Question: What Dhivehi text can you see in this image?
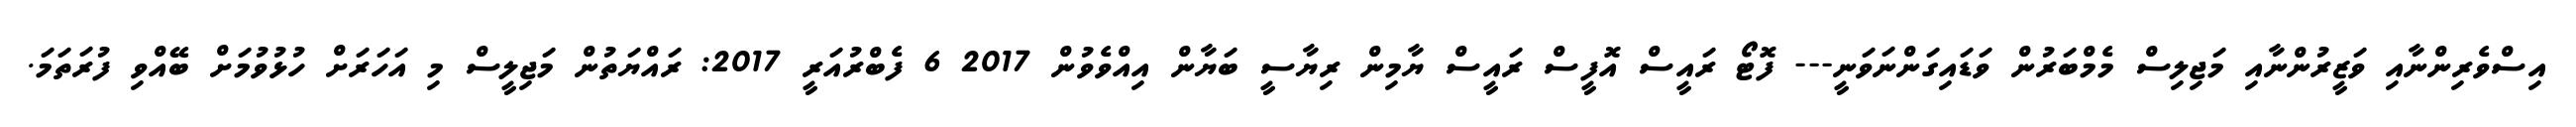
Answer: އިސްވެރިންނާއި ވަޒީރުންނާއި މަޖިލިސް މެމްބަރުން ވަޑައިގަންނަވަނީ--- ފޮޓޯ ރައީސް އޮފީސް ރައީސް ޔާމިން ރިޔާސީ ބަޔާން އިއްވެވުން 2017 6 ފެބްރުއަރީ 2017: ރައްޔަތުން މަޖިލީސް މި އަހަރަށް ހުޅުވުމަށް ބޭއްވި ފުރަތަމަ.